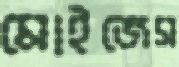
মোইজেস